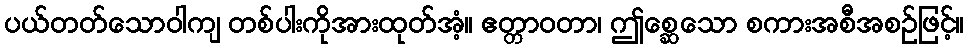
ပယ်တတ်သောဝါကျ တစ်ပါးကိုအားထုတ်အံ့။ ဧတ္တာဝတာ၊ ဤစ္ဆေသော စကားအစီအစဉ်ဖြင့်။